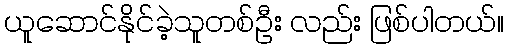
ယူဆောင်နိုင်ခဲ့သူတစ်ဦး လည်း ဖြစ်ပါတယ်။